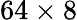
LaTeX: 64\times 8